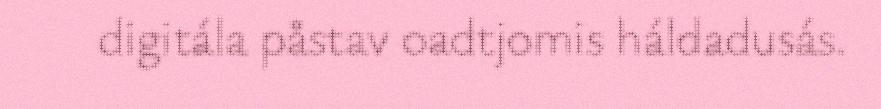
digitála påstav oadtjomis háldadusás.